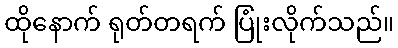
ထိုနောက် ရုတ်တရက် ပြုံးလိုက်သည်။